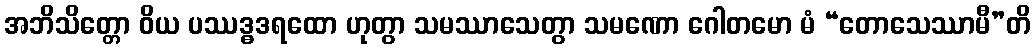
အဘိသိတ္တော ဝိယ ပဿဒ္ဓဒရထော ဟုတွာ သမဿာသေတွာ သမဏော ဂေါတမော မံ “တောသေဿာမီ”တိ